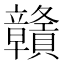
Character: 贛